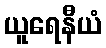
ယူရေနီယံ